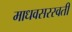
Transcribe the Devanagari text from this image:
माधवसरस्वती